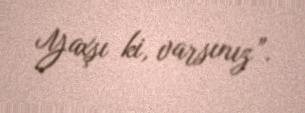
Yaxşı ki, varsınız”.